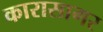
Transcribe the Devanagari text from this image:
कारासागर